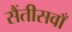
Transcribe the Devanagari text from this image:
सैंतीसवाँ